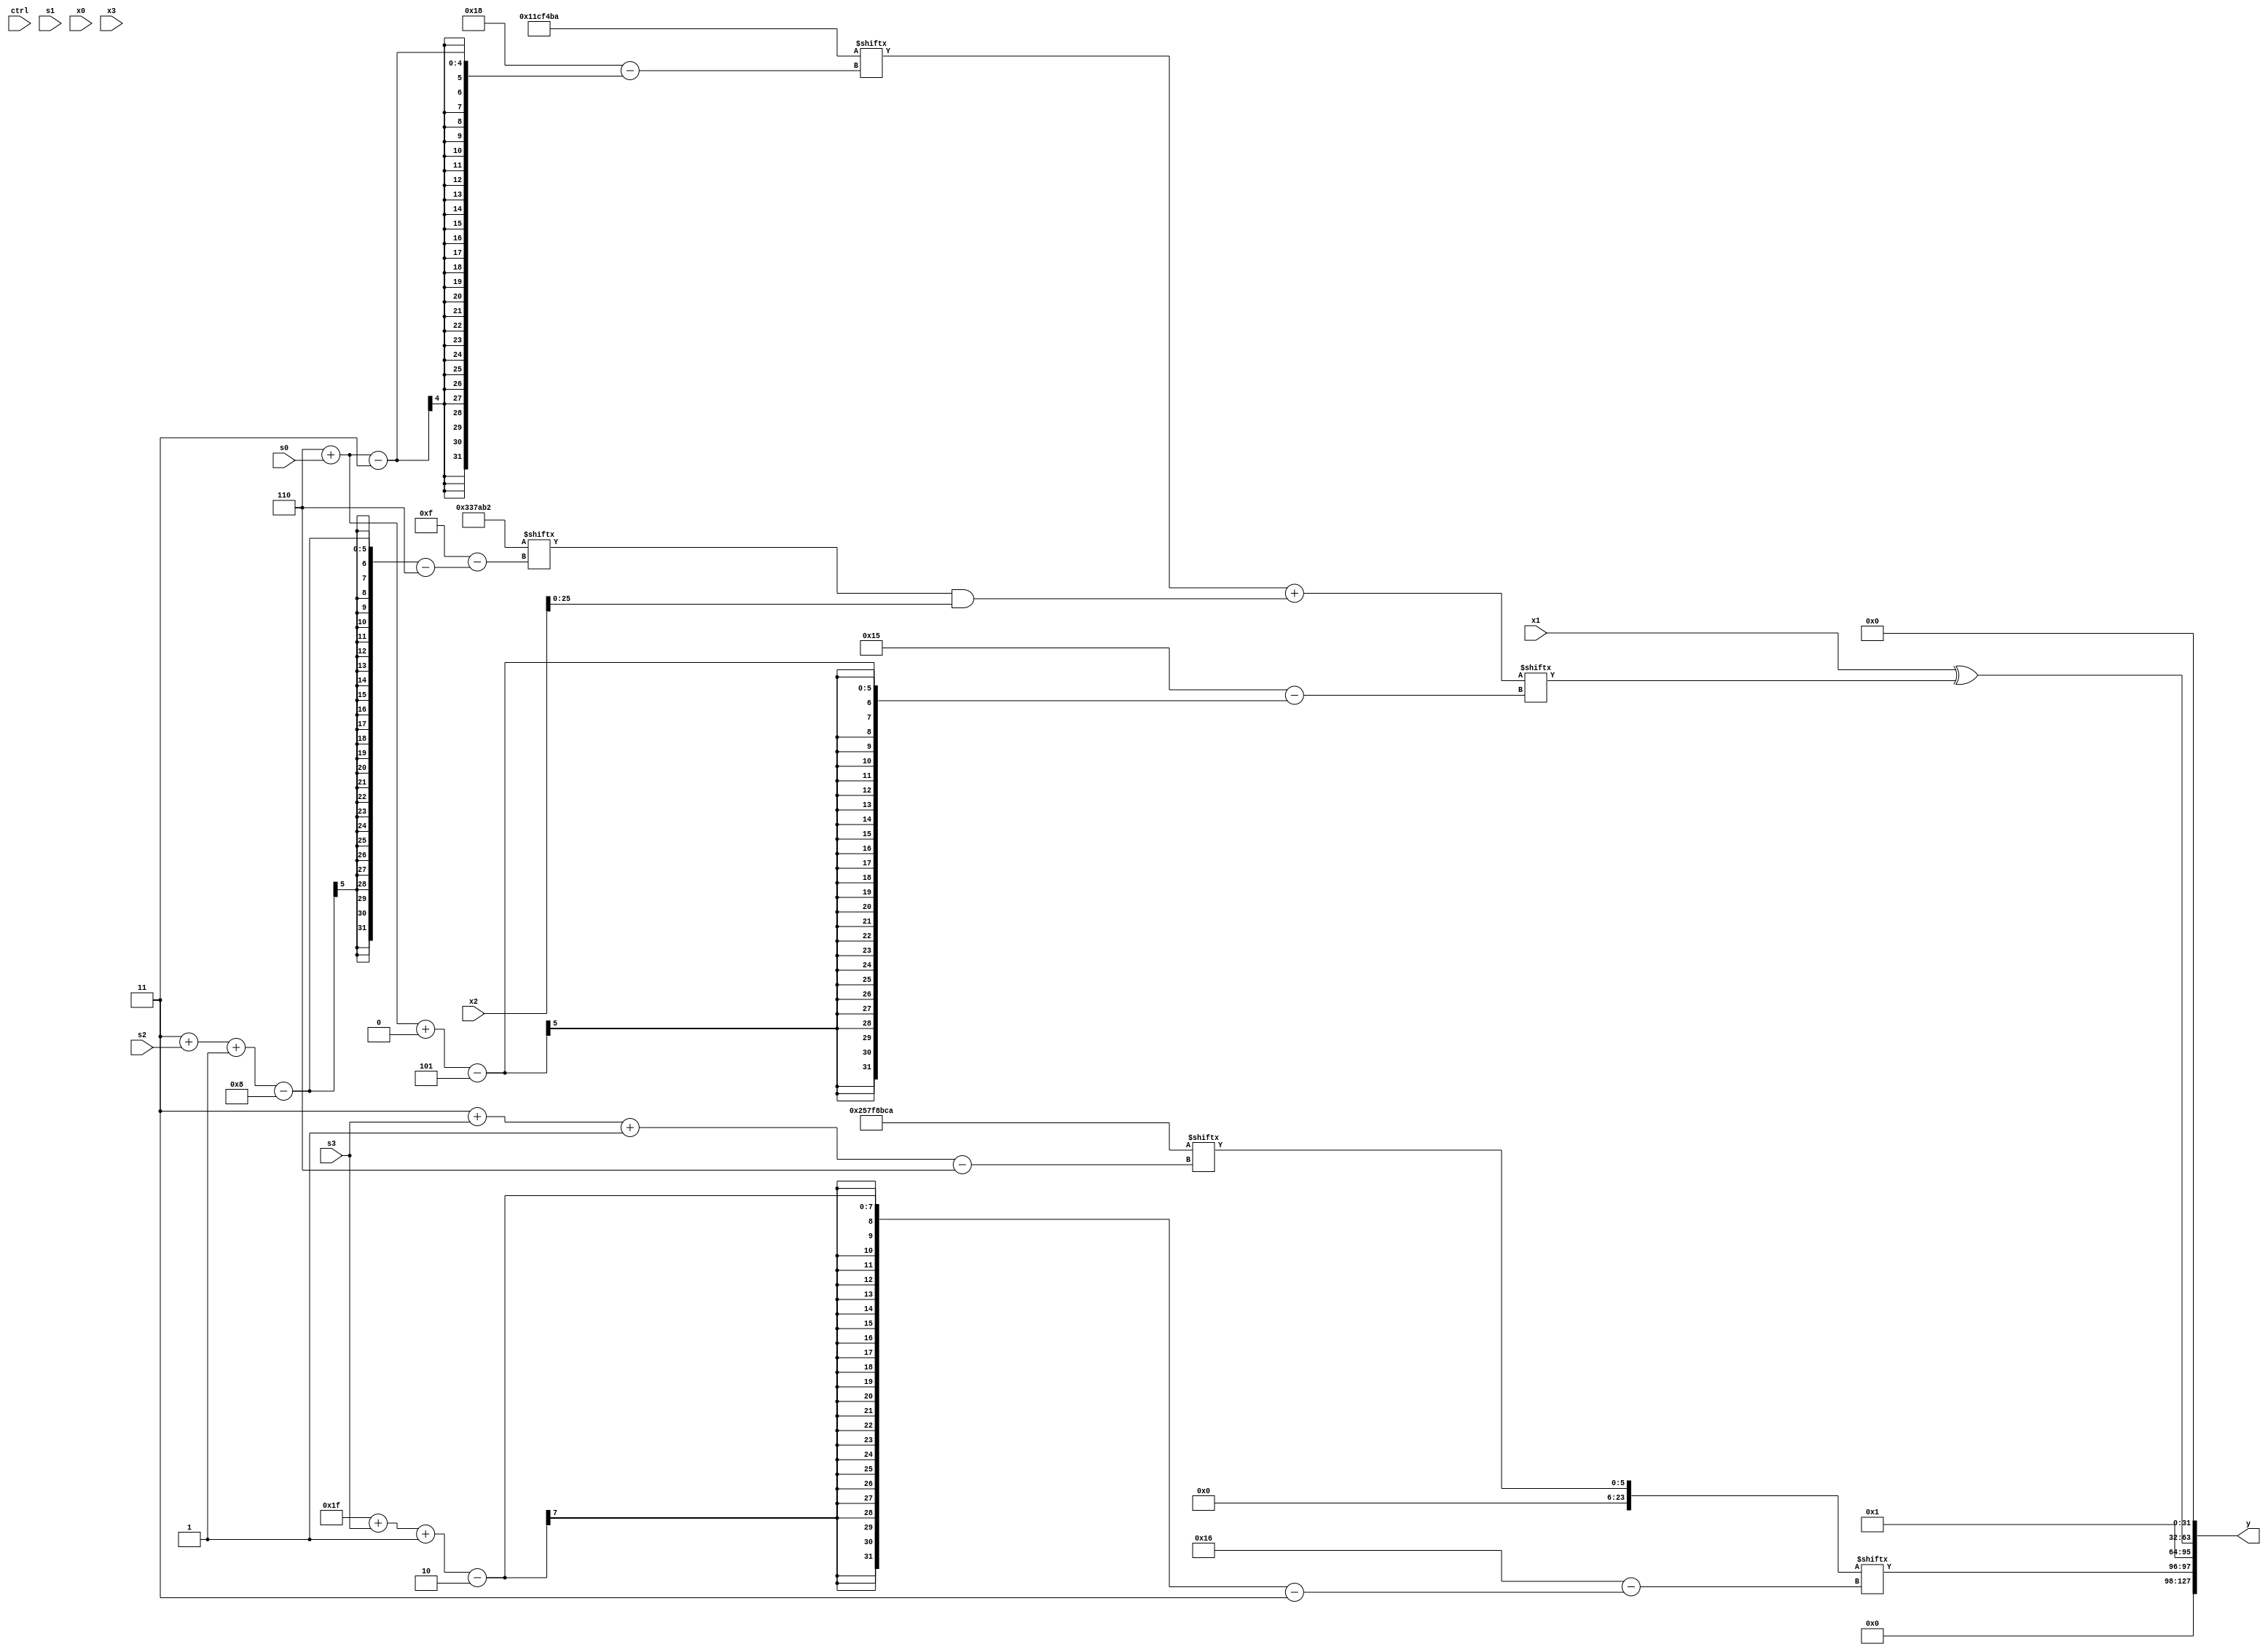
module partsel_00379(ctrl, s0, s1, s2, s3, x0, x1, x2, x3, y);
  input [3:0] ctrl;
  input [2:0] s0;
  input [2:0] s1;
  input [2:0] s2;
  input [2:0] s3;
  input [31:0] x0;
  input [31:0] x1;
  input [31:0] x2;
  input signed [31:0] x3;
  wire [31:6] x4;
  wire signed [28:2] x5;
  wire signed [5:31] x6;
  wire signed [7:31] x7;
  wire signed [3:26] x8;
  wire [7:27] x9;
  wire [0:31] x10;
  wire [29:6] x11;
  wire [4:28] x12;
  wire [27:2] x13;
  wire signed [27:7] x14;
  wire [2:26] x15;
  output [127:0] y;
  wire signed [31:0] y0;
  wire signed [31:0] y1;
  wire [31:0] y2;
  wire signed [31:0] y3;
  assign y = {y0,y1,y2,y3};
  localparam [3:27] p0 = 958198970;
  localparam [29:0] p1 = 629115850;
  localparam [6:28] p2 = 817068722;
  localparam [29:7] p3 = 883037234;
  assign x4 = {(p3 | p3[13 + s0]), {(ctrl[0] || ctrl[1] && !ctrl[2] ? p3 : x2[23 + s1 +: 8]), x2}};
  assign x5 = p2;
  assign x6 = (p0[6 + s0] + (p2[3 + s2 -: 8] & x4));
  assign x7 = {2{(!ctrl[0] || !ctrl[2] && !ctrl[2] ? p3 : x4[10 + s3])}};
  assign x8 = p1[3 + s3 -: 6];
  assign x9 = ((({x4[18 +: 1], (ctrl[3] || !ctrl[2] || ctrl[2] ? p3[19 +: 4] : p3[11 +: 1])} + p0) + (((x1[17 +: 4] - x4[21]) + x0[17 + s0]) + x4)) - {2{{2{x2[14 + s3]}}}});
  assign x10 = (ctrl[3] && !ctrl[0] || !ctrl[0] ? ({p0[0 + s1 -: 4], (p2[14 + s2] ^ (((x0[13 -: 3] + (x1 | p1[18])) & x3[1 + s3 -: 6]) | x8))} | (!ctrl[1] || ctrl[1] && !ctrl[2] ? p0 : (!ctrl[2] || !ctrl[2] || !ctrl[1] ? (ctrl[2] || ctrl[3] || !ctrl[3] ? (x9[18] + x5[9 + s0]) : x1) : x8[13 -: 1]))) : x4[13 +: 2]);
  assign x11 = p0;
  assign x12 = {2{p0}};
  assign x13 = ((x5 | (x12[4 + s1] - {2{(x5[13 +: 1] & x4)}})) + ({((p2[23 -: 3] + p2[16 +: 1]) + (!ctrl[2] && !ctrl[0] && ctrl[1] ? p2[10] : p3[7 + s3 -: 1])), (ctrl[3] && !ctrl[0] || ctrl[3] ? p3 : p1[23 -: 4])} & {x3[17], (p0[13 + s2] & p0[22 + s3 +: 4])}));
  assign x14 = x11;
  assign x15 = x5[25 + s1 -: 3];
  assign y0 = {{2{x11[12 -: 1]}}, x8[31 + s3 -: 2]};
  assign y1 = x14[11];
  assign y2 = (x1 ^ x6[6 + s0 +: 6]);
  assign y3 = p2[22];
endmodule